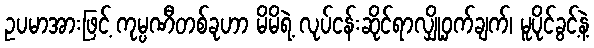
ဥပမာအားဖြင့် ကုမ္ပဏီတစ်ခုဟာ မိမိရဲ့ လုပ်ငန်းဆိုင်ရာလျှို့ဝှက်ချက်၊ မူပိုင်ခွင့်နဲ့